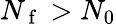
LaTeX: N_{\mathrm{~f~}}>N_{0}